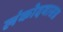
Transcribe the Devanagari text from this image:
लंकोदयासन्न